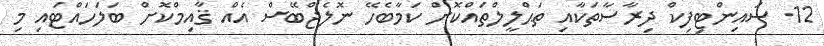
12. ސައިންޓިފިކް ދިރާސާތަކާއި ތަޙްލީލްތައްކޮށް ކަމާބެހޭ ނޮލެޖްބޭސް އެއް ޤާއިމްކޮށް ބަލަހައްޓައި މި